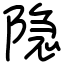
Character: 隐